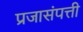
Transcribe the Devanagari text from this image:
प्रजासंपत्ती